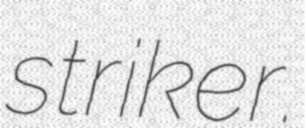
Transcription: striker.